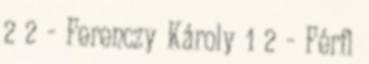
2 2 - Ferenczy Károly 1 2 - Férfi